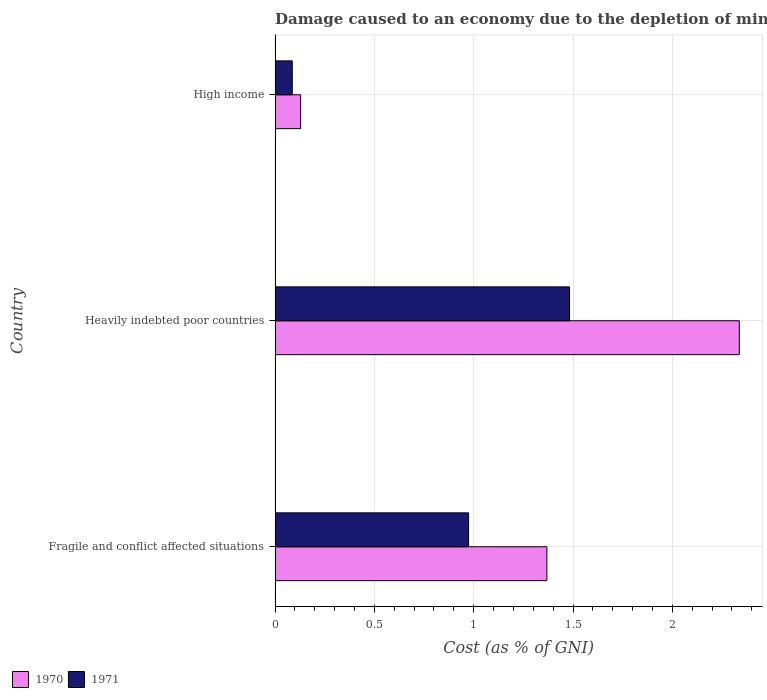
| Country | 1970 | 1971 |
 | --- | --- | --- |
 | Fragile and conflict affected situations | 1.37 | 0.974 |
 | Heavily indebted poor countries | 2.34 | 1.48 |
 | High income | 0.129 | 0.0865 |